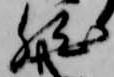
然